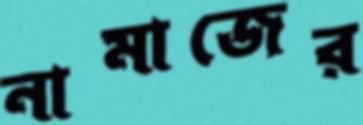
নামাজের